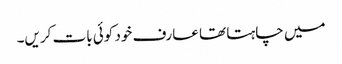
میں چاہتا تھا عارف خود کوئی بات کریں۔